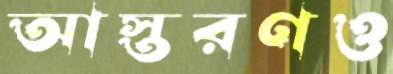
আস্তরণও